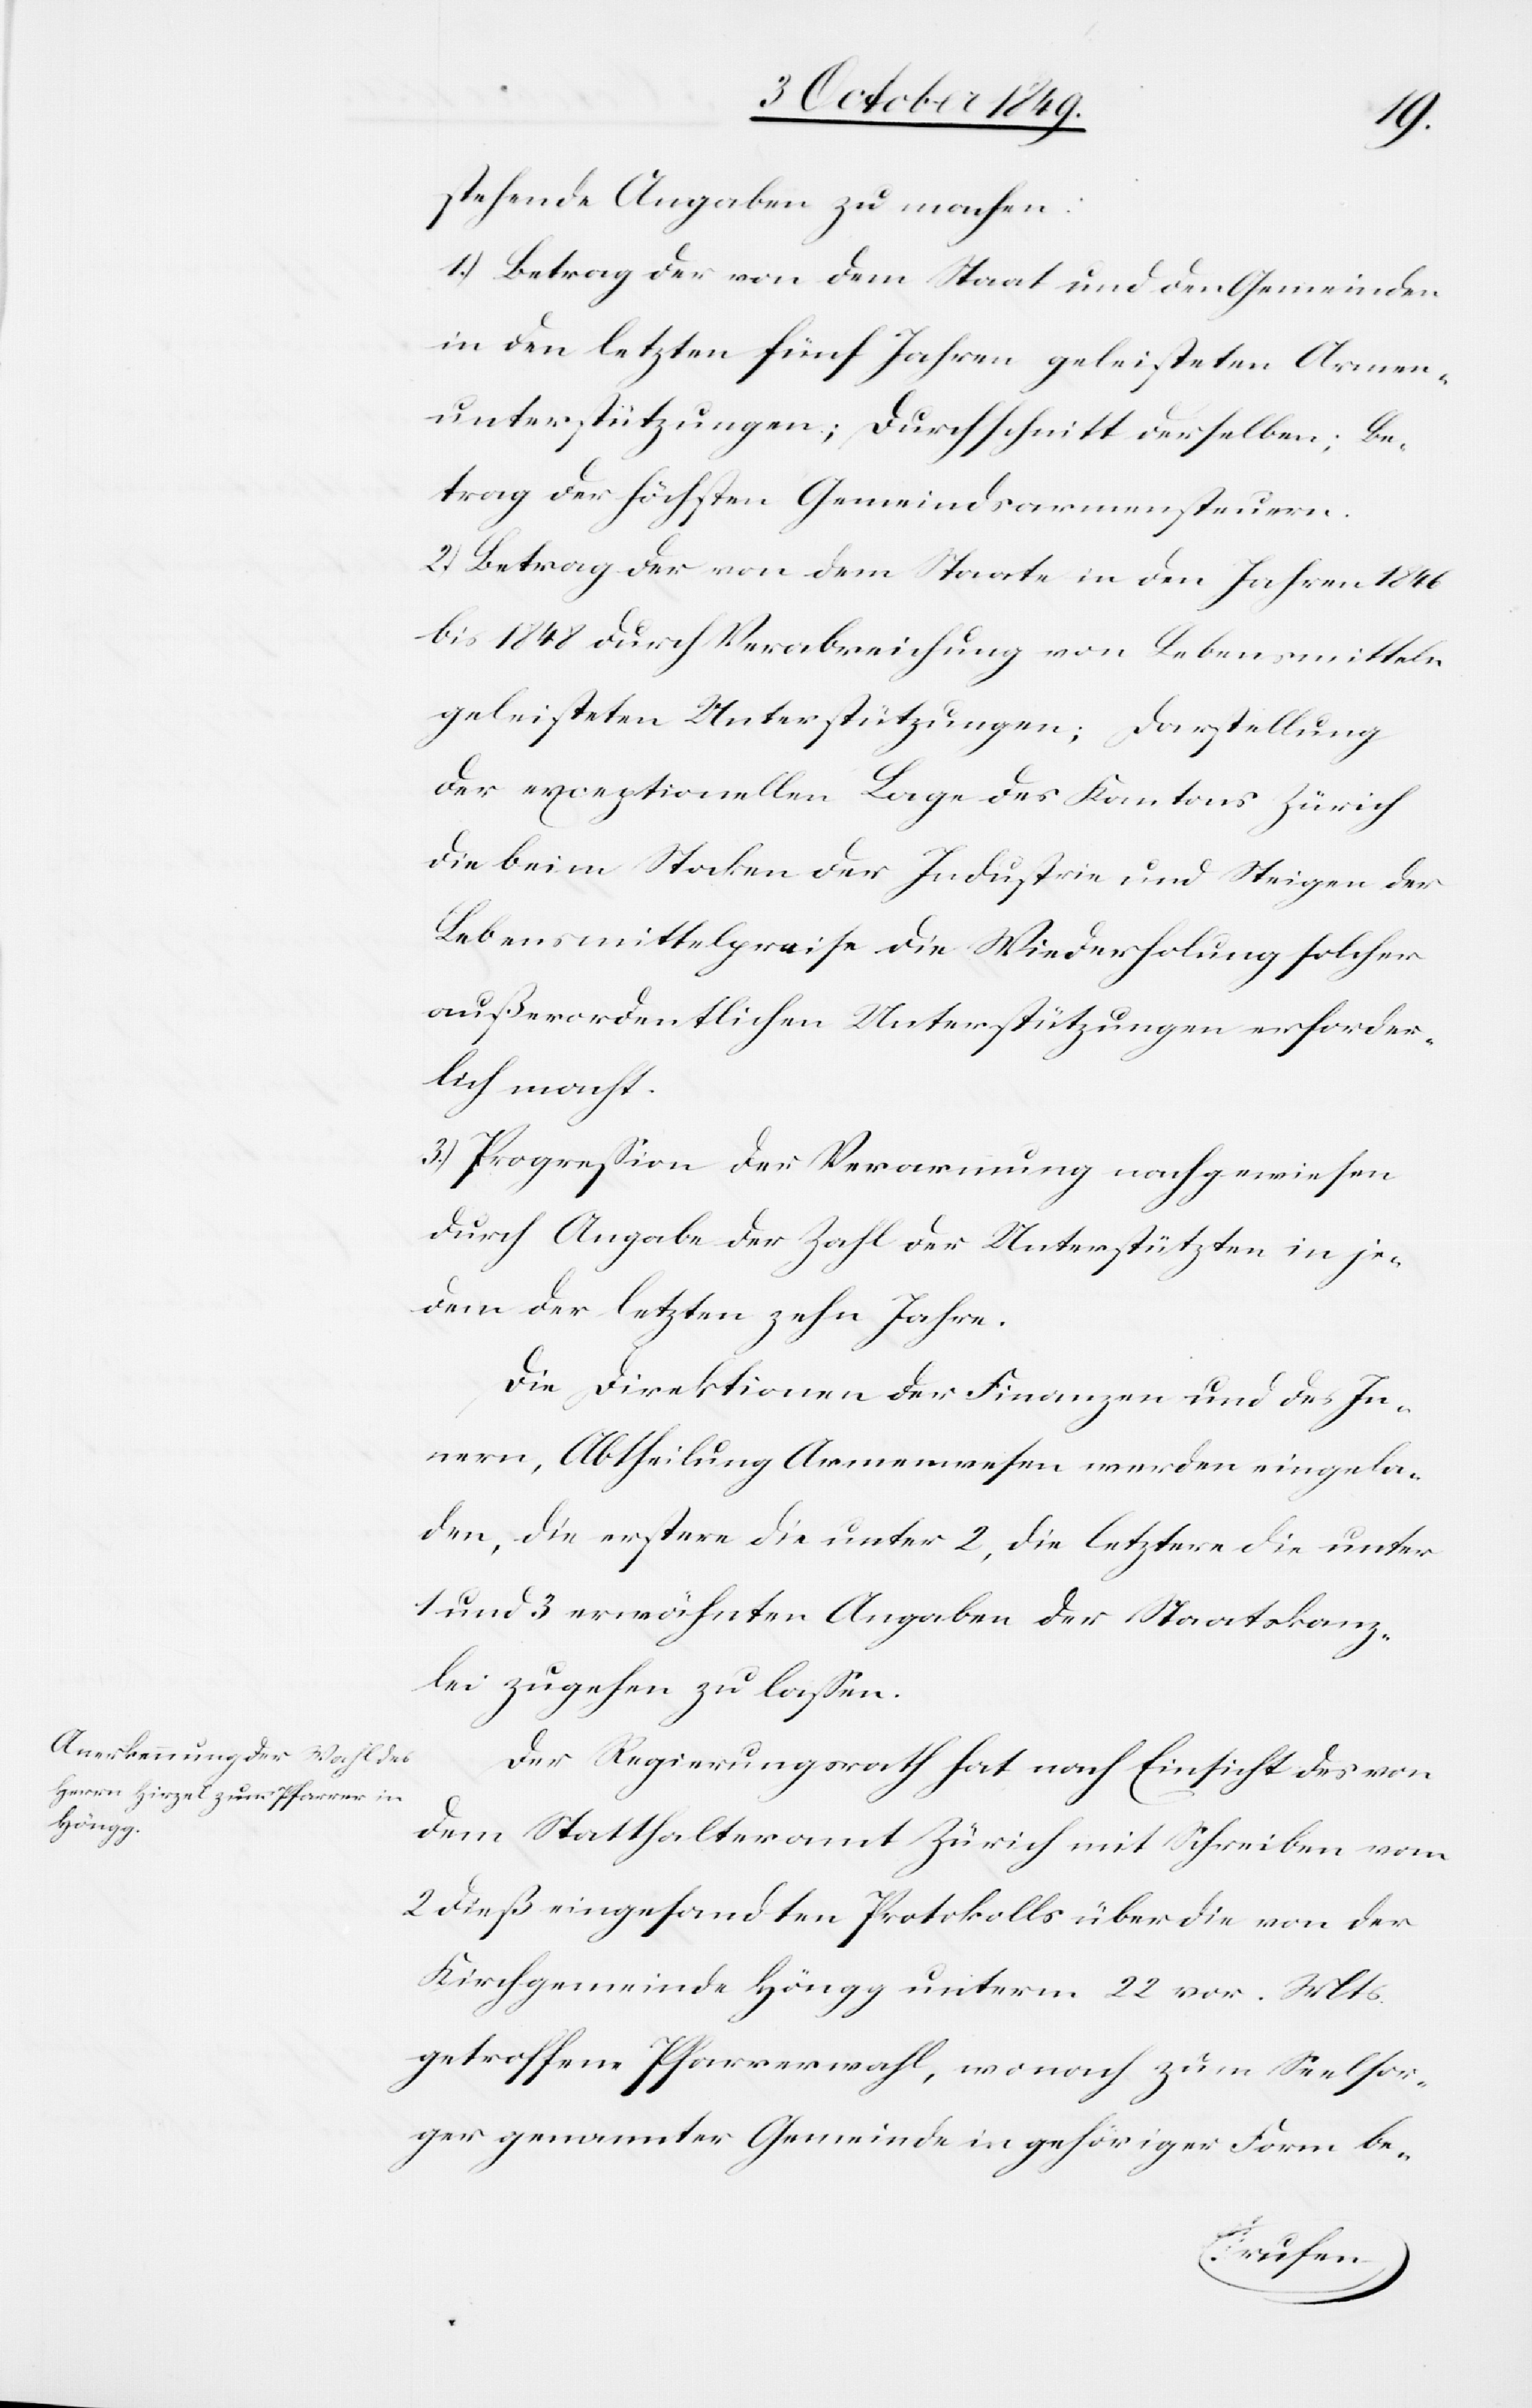
stehende Angaben zu machen:
1.) Betrag der von dem Staat und den Gemeinden
in den letzten fünf Jahren geleisteten Armen¬
unterstützungen; Durchschnitt derselben; Be¬
trag der höchsten Gemeindsarmensteuern.
2.) Betrag der von dem Staate in den Jahren 1846.
bis 1848 durch Verabreichung von Lebensmitteln
geleisteten Unterstützungen; Darstellung
der exceptionellen Lage des Kantons Zürich
die beim Stocken der Industrie und Steigen der
Lebensmittelpreise die Wiederholung solcher
außerordentlichen Unterstützungen erforder¬
lich macht.
3.) Progression der Verarmung nachgewiesen
durch Angabe der Zahl der Unterstützten in je¬
dem der letzten zehn Jahre.
Die Direktion der Finanzen und des In¬
nern, Abtheilung Armenwesen werden eingela¬
den, die erstere die unter 2, die letztere die unter
1 und 3 erwähnten Angaben der Staatskanz¬
lei zugehen zu lassen.
Der Regierungsrath hat nach Einsicht des von
dem Statthalteramt Zürich mit Schreiben vom
2 dieß eingesandten Protokolls über die von der
Kirchgemeinde Höngg unterm 22 vor. Mts.
getroffene Pfarrerwahl, wonach zu Seelsor¬
ger genannter Gemeinde in gehöriger Form be-